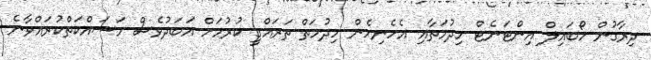
ދިރާގުން މޯބައިލް އިންޓަނެޓް ހިދުމަތާއި އެހެނިހެން ހިދުމަތް ތަރައްގީ ކުރުމަށް އަބަދުވެސް މަސައްކަތްކުރައްވާނެ